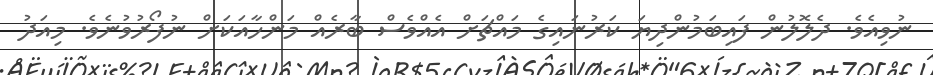
ނުވިއެވެ. ދެލޮލުން ފައިބަމުންދިޔަ ކަރުނައިގެ މައްޗަށް އެއްވެސް ބާރެއް މަންހާއަކަށް ނުފޯރުވުނެވެ. މިއަދު